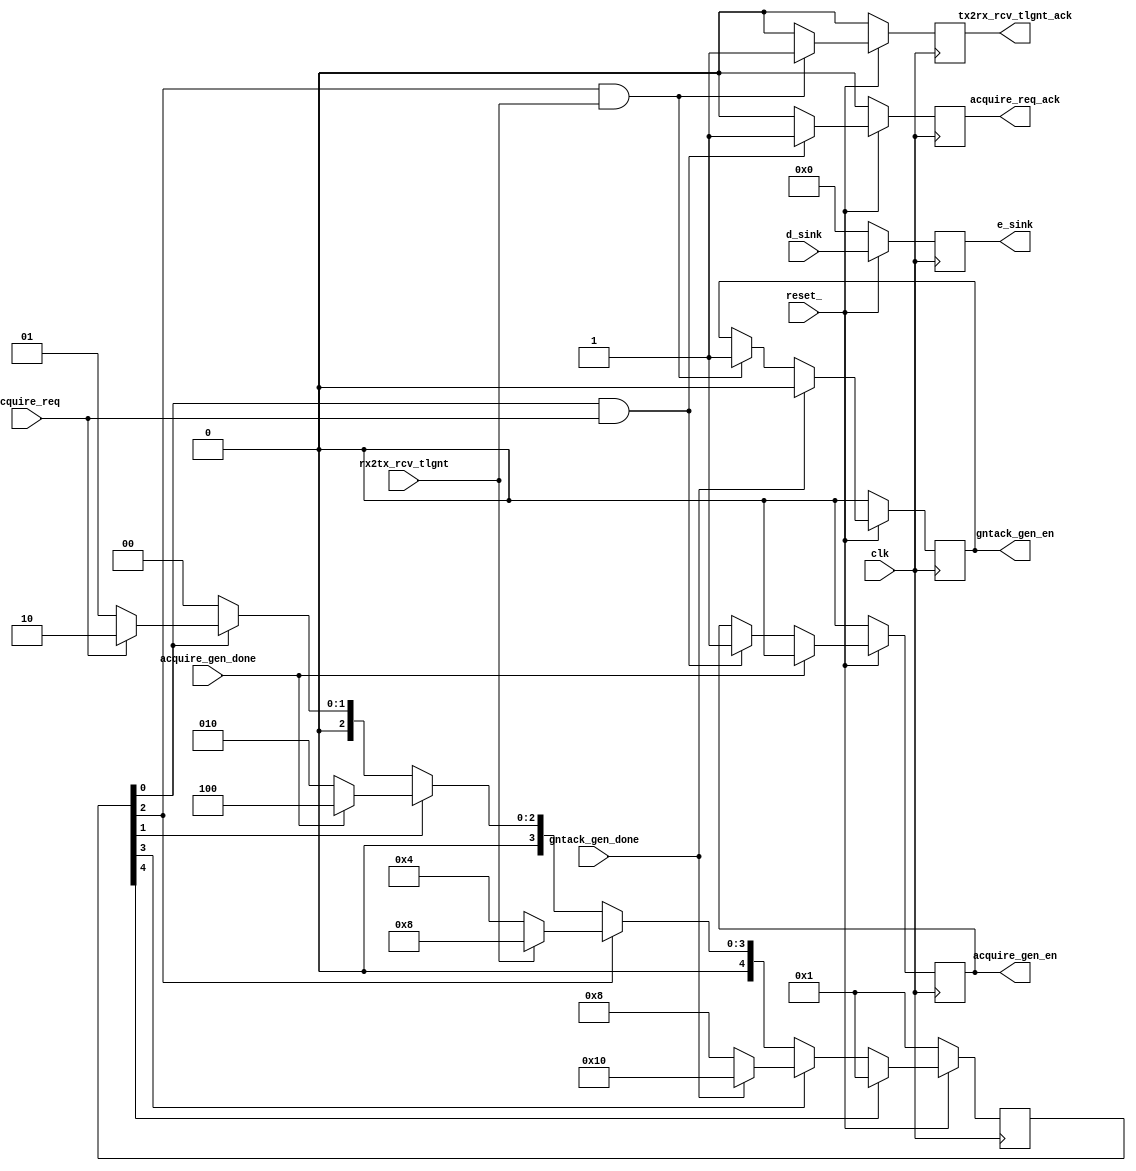
//****************************************************************
// December 6, 2022
//
// Licensed to the Apache Software Foundation (ASF) under one
// or more contributor license agreements.  See the NOTICE file
// distributed with this work for additional information
// regarding copyright ownership.  The ASF licenses this file
// to you under the Apache License, Version 2.0 (the
// "License"); you may not use this file except in compliance
// with the License.  You may obtain a copy of the License at
//
//   http://www.apache.org/licenses/LICENSE-2.0
//
// Unless required by applicable law or agreed to in writing,
// software distributed under the License is distributed on an
// "AS IS" BASIS, WITHOUT WARRANTIES OR CONDITIONS OF ANY
// KIND, either express or implied.  See the License for the
// specific language governing permissions and limitations
// under the License.
//
// Date: N/A
// Project: OmniXtend Core
// Comments: N/A
//
//********************************
// File history:
//   N/A
//****************************************************************

// NOC <--> TL Logic --> OXmgr TX
//               ^
//               |     <-- ^
//           TL AQ_SM      |
//                       OXmgr RX


module N2TL_AQSM (
	input 	    clk				                     ,
	input 	    reset_				                 ,
	input 	    acquire_req			                 ,	// from TL Logic 	(Event)
	input 	    acquire_gen_done	                 ,	// from TL Logic 	(Pulse)
	input 	    rx2tx_rcv_tlgnt		                 ,	// from TL RX Logic	(Event)
	input 	    gntack_gen_done	                     ,	// from TL Logic 	(Pulse)
	input      [25:0]  d_sink                        ,
	output reg  acquire_req_ack		                 ,	// to TL Logic		(Pulse)
	output reg  acquire_gen_en		                 ,	// to TL Logic		(Event)
	output reg  tx2rx_rcv_tlgnt_ack                  ,	// to TL Logic		(Pulse)
	output reg         gntack_gen_en			     ,  // to TL Logic		(Event)
	output reg [25:0]  e_sink
	);

	// FSM - State Machine states
	localparam 	AQ_IDLE 		     = 5'h01         ;
	localparam	AQ_ACQUIRE_GEN 	     = 5'h02         ;
	localparam	AQ_GNT_WAIT 	     = 5'h04         ;
	localparam	AQ_GNTACK_GEN 	     = 5'h08         ;
	localparam	AQ_DONE 		     = 5'h10         ;

	reg [4:0]	aq_state                             ;

	wire		aq_idle_st	         = aq_state[0]   ;
	wire		aq_acquire_gen_st    = aq_state[1]   ;
	wire		aq_gnt_wait_st	     = aq_state[2]   ;
	wire		aq_gntack_gen_st     = aq_state[3]   ;
	wire		aq_done_st	         = aq_state[4]   ;

	// SM assignment
	always @ (posedge clk) begin
		if (!reset_) begin
			aq_state <= AQ_IDLE;
		end

		else begin
			if (aq_idle_st) begin
				aq_state <=
					acquire_req       ? AQ_ACQUIRE_GEN  :
										AQ_IDLE         ;
			end
			if (aq_acquire_gen_st) begin
				aq_state <=
					acquire_gen_done  ? AQ_GNT_WAIT     :
									    AQ_ACQUIRE_GEN  ;
			end
			if (aq_gnt_wait_st) begin
				aq_state <=
					rx2tx_rcv_tlgnt   ? AQ_GNTACK_GEN   :
									    AQ_GNT_WAIT     ;
			end
			if (aq_gntack_gen_st) begin
				aq_state <=
					gntack_gen_done   ? AQ_DONE         :
									    AQ_GNTACK_GEN	;
			end
			if (aq_done_st) begin
				aq_state <= AQ_IDLE                     ;
			end
		end
	end


	always @(posedge clk) begin
		if (!reset_) begin
			acquire_req_ack 	<= 1'b0;
			acquire_gen_en 		<= 1'b0;
			tx2rx_rcv_tlgnt_ack <= 1'b0;
			gntack_gen_en 		<= 1'b0;
			e_sink              <= 26'b0;
		end
		else begin
			acquire_req_ack 	<=
					aq_idle_st & acquire_req           ? 1'b1 :
											             1'b0 ;
			acquire_gen_en      <=
					acquire_gen_done                   ? 1'b0 :	   //negate
					aq_idle_st & acquire_req           ? 1'b1 :	   //assert
					                            acquire_gen_en;	   //keep
			tx2rx_rcv_tlgnt_ack <=
					aq_gnt_wait_st & rx2tx_rcv_tlgnt   ? 1'b1 :
													     1'b0 ;
			gntack_gen_en 		<=
					gntack_gen_done                    ? 1'b0 :    //negate
					//aq_gntack_gen_st                 ? 1'b1 :    //assert (1 clk cycle delay)
					aq_gnt_wait_st & rx2tx_rcv_tlgnt   ? 1'b1 :	   //assert
					                             gntack_gen_en;    //keep

		    e_sink              <= d_sink                     ;
		end
	end

    //synopsys translate_off
    reg [16*8-1:0] ascii_aq_state;

    always@(aq_state)
    begin
        case(aq_state)
        AQ_IDLE			: 	ascii_aq_state = "AQ_IDLE"        ;
        AQ_ACQUIRE_GEN	:	ascii_aq_state = "AQ_ACQUIRE_GEN" ;
        AQ_GNT_WAIT		:	ascii_aq_state = "AQ_GNT_WAIT"    ;
        AQ_GNTACK_GEN	:	ascii_aq_state = "AQ_GNTACK_GEN"  ;
        AQ_DONE			:	ascii_aq_state = "AQ_DONE"        ;
        default         :   ascii_aq_state = "Unknown"        ;
        endcase
    end
    //synopsys translate_on

endmodule